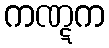
ကဏ္ဋက